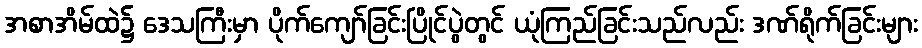
အစာအိမ်ထဲ၌ ဒေသကြီးမှာ ပိုက်ကျော်ခြင်းပြိုင်ပွဲတွင် ယုံကြည်ခြင်းသည်လည်း ဒဏ်ရိုက်ခြင်းများ